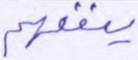
ينفعهم